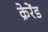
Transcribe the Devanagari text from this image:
क्रेरेंड